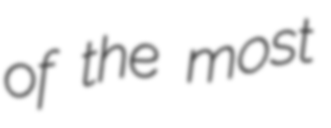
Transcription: of the most